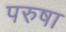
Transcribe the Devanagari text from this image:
परुषा